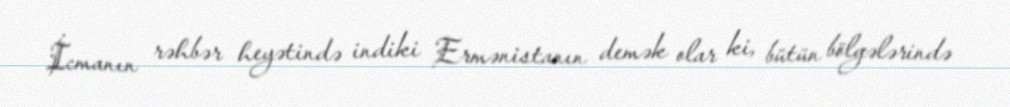
İcmanın rəhbər heyətində indiki Ermənistanın demək olar ki, bütün bölgələrində